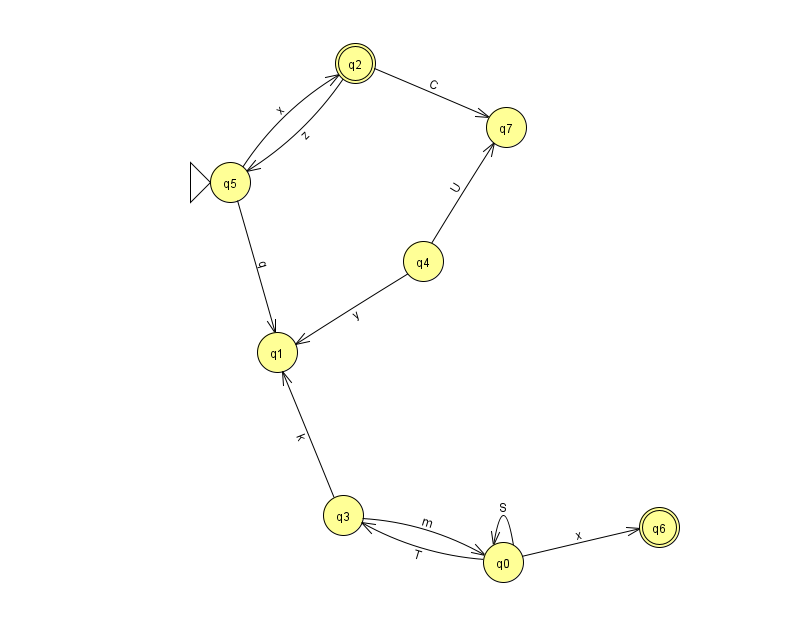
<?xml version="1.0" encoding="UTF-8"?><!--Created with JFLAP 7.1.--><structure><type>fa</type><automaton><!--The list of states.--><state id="0" name="q0"><x>503.0</x><y>549.0</y></state><state id="1" name="q1"><x>277.0</x><y>339.0</y></state><state id="2" name="q2"><x>355.0</x><y>50.0</y><final/></state><state id="3" name="q3"><x>343.0</x><y>502.0</y></state><state id="4" name="q4"><x>423.0</x><y>248.0</y></state><state id="5" name="q5"><x>230.0</x><y>169.0</y><initial/></state><state id="6" name="q6"><x>659.0</x><y>514.0</y><final/></state><state id="7" name="q7"><x>506.0</x><y>114.0</y></state><!--The list of transitions.--><transition><from>2</from><to>7</to><read>C</read></transition><transition><from>3</from><to>0</to><read>m</read></transition><transition><from>4</from><to>7</to><read>U</read></transition><transition><from>5</from><to>1</to><read>q</read></transition><transition><from>0</from><to>0</to><read>S</read></transition><transition><from>4</from><to>1</to><read>y</read></transition><transition><from>5</from><to>2</to><read>x</read></transition><transition><from>2</from><to>5</to><read>z</read></transition><transition><from>3</from><to>1</to><read>k</read></transition><transition><from>0</from><to>3</to><read>T</read></transition><transition><from>0</from><to>6</to><read>x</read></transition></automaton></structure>